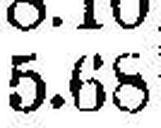
5.68